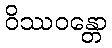
ဝိဿဝန္တော